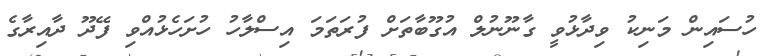
ހުސައިން މަނިކު ވިދާޅުވީ ގާނޫނުލް އުގޫބާތަށް ފުރަތަމަ އިސްލާހު ހުށަހެޅުއްވި ފޭދޫ ދާއިރާގެ